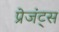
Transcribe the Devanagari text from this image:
प्रेजंट्स